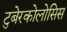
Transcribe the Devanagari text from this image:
टुबेरकोलोसिस